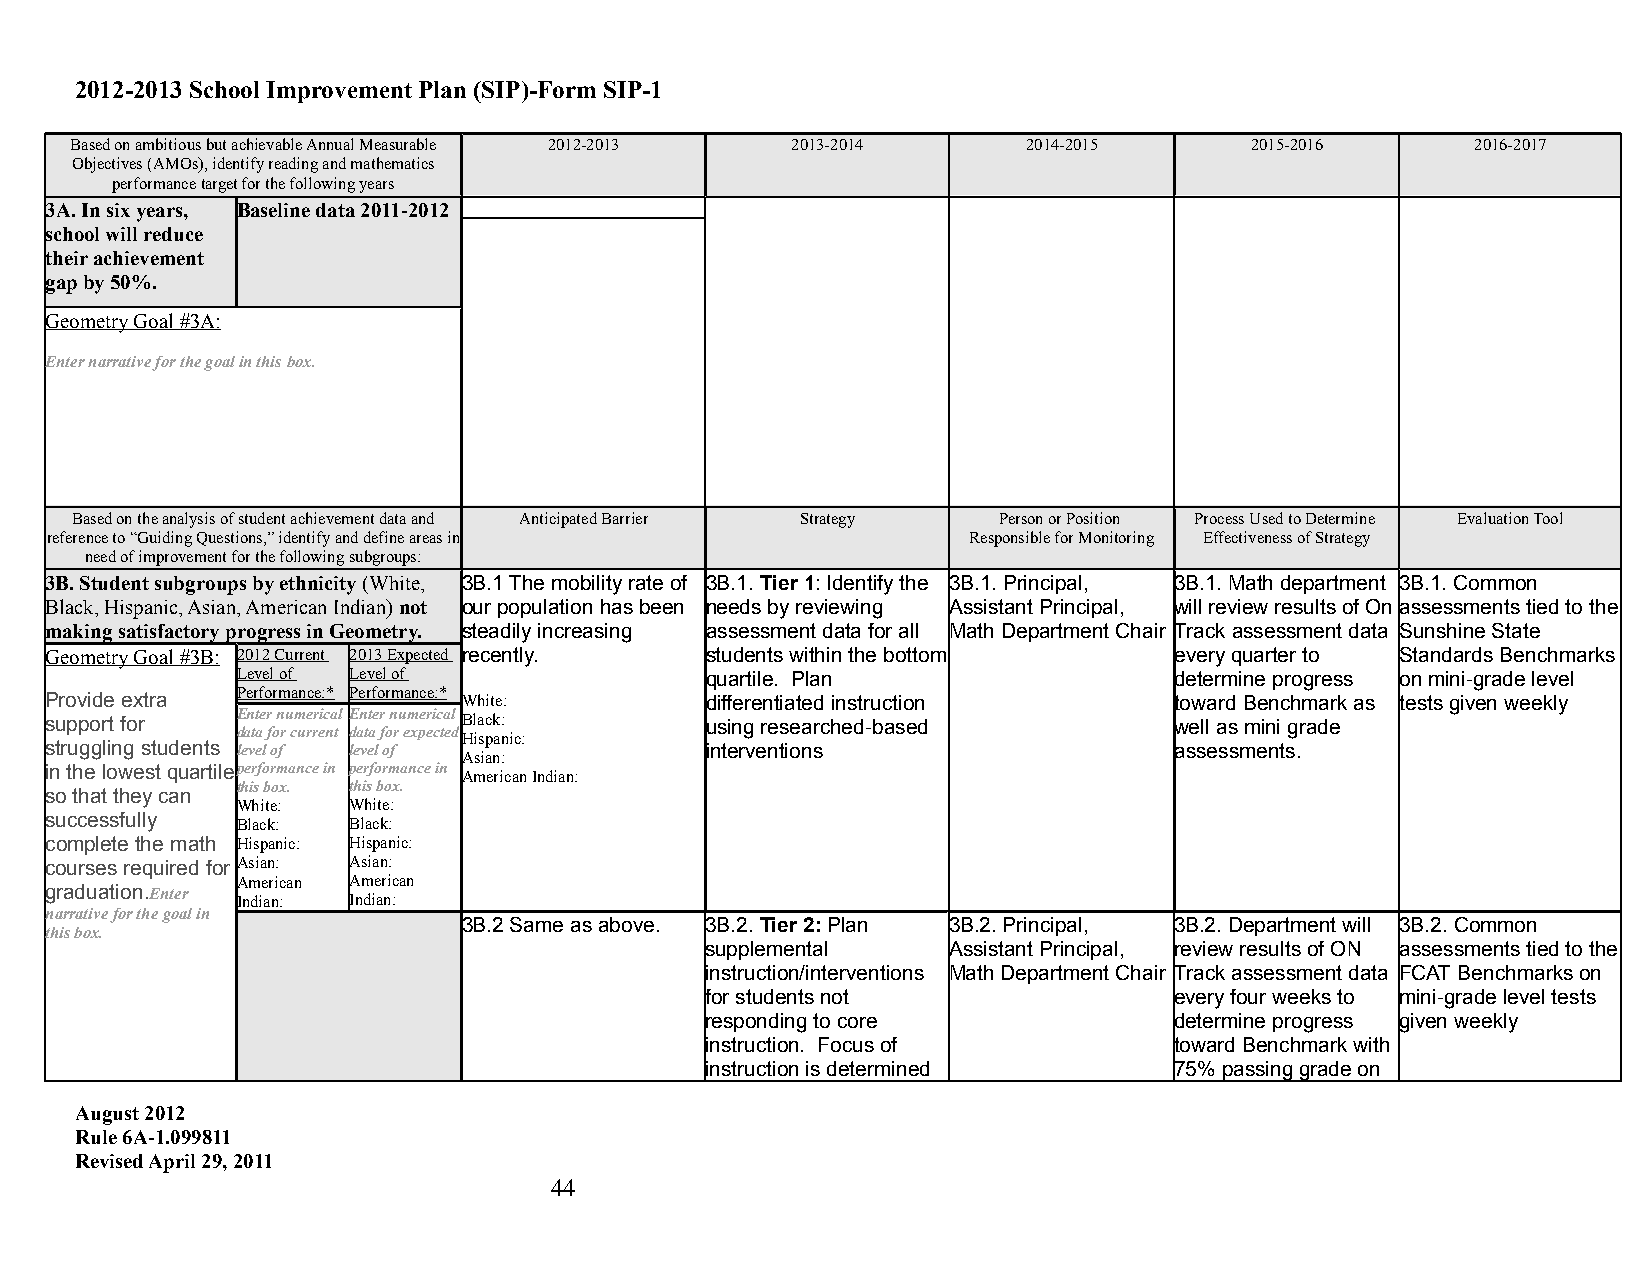
2012-2013 School Improvement Plan (SIP)-Form SIP-1
 Based on ambitious but achievable Annual Measurable 2012-2013 2013-2014 2014-2015 2015-2016  2016-2017
 Objectives (AMOs), identify reading and mathematics
 performance target for the following years
 3A. In six years, Baseline data 2011-2012
 school will reduce
 their achievement
 gap by 50%.
 Geometry Goal #3A:
 Enter narrative for the goal in this box.
 Based on the analysis of student achievement data and Anticipated Barrier Strategy Person or Position Process Used to Determine Evaluation Tool
 reference to “Guiding Questions,” identify and define areas in Responsible for Monitoring Effectiveness of Strategy
 need of improvement for the following subgroups:
 3B. Student subgroups by ethnicity (White, 3B.1 The mobility rate of 3B.1. Tier 1: Identify the 3B.1. Principal, 3B.1. Math department 3B.1. Common
 Black, Hispanic, Asian, American Indian) not our population has been needs by reviewing Assistant Principal, will review results of On assessments tied to the
 making satisfactory progress in Geometry. steadily increasing assessment data for all Math Department Chair Track assessment data Sunshine State
 Geometry Goal #3B: 2012 Current 2013 Expected recently. students within the bottom every quarter to Standards Benchmarks
 Level of Level of              quartile. Plan                 determine progress on mini-grade level
 Provide extra Performance:* Performance:* White: differentiated instruction toward Benchmark as tests given weekly
 support for  Enter numerical Enter numerical Black: using researched-based well as mini grade
 data for current data for expected
 Hispanic:
 struggling students level of level of       interventions                  assessments.
 Asian:
 in the lowest quartile performance in performance in
 American Indian:
 this box. this box.
 so that they can
 White: White:
 successfully Black: Black:
 complete the math Hispanic: Hispanic:
 courses required for Asian: Asian:
 American American
 graduation.Enter
 Indian: Indian:
 narrative for the goal in
 3B.2 Same as above. 3B.2. Tier 2: Plan 3B.2. Principal, 3B.2. Department will 3B.2. Common
 this box.
 supplemental    Assistant Principal, review results of ON assessments tied to the
 instruction/interventions Math Department Chair Track assessment data FCAT Benchmarks on
 for students not               every four weeks to mini-grade level tests
 responding to core             determine progress given weekly
 instruction. Focus of          toward Benchmark with
 instruction is determined      75% passing grade on
 August 2012
 Rule 6A-1.099811
 Revised April 29, 2011
 44